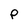
Character: P